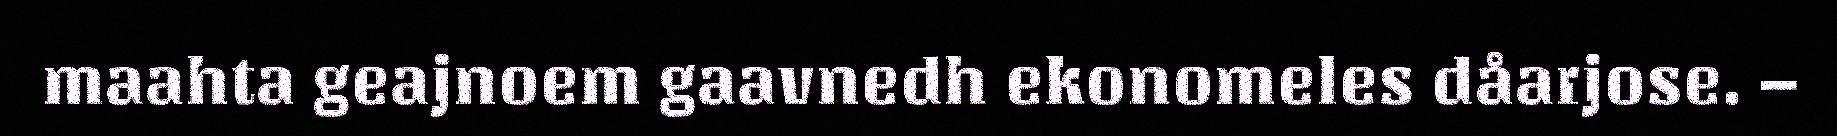
maahta geajnoem gaavnedh ekonomeles dåarjose. –